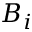
B _ { i }